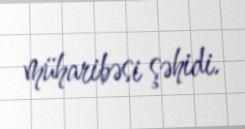
müharibəsi şəhidi.